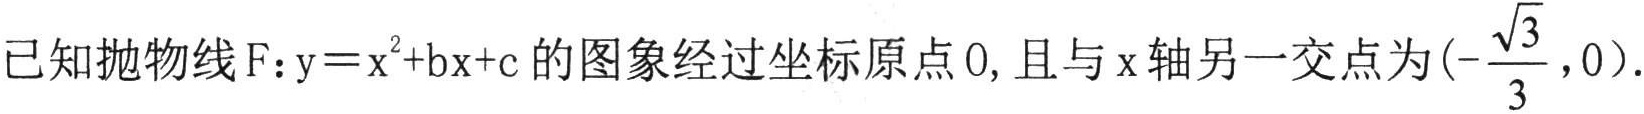
已知抛物线\(F:y = x^{2}+bx + c\)的图象经过坐标原点\(O\), 且与\(x\)轴另一交点为\((-\frac{\sqrt{3}}{3},0)\).